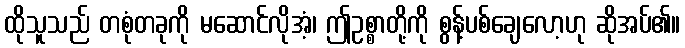
ထိုသူသည် တစုံတခုကို မဆောင်လိုအံ့၊ ဤဥစ္စာတို့ကို စွန့်ပစ်ချေလော့ဟု ဆိုအပ်၏။